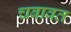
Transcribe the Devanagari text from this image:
चबावत